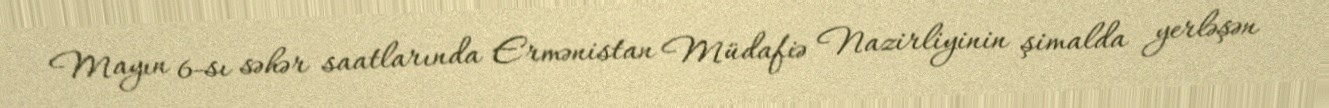
Mayın 6-sı səhər saatlarında Ermənistan Müdafiə Nazirliyinin şimalda yerləşən